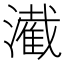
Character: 㵶